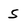
Character: 5